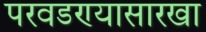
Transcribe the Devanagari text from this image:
परवडण्यासारखा